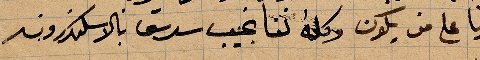
زورنا على من يكون وكله اننا نجيب سرسق بالاسكندرونة